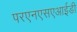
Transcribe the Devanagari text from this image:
परएनएसएआईडी